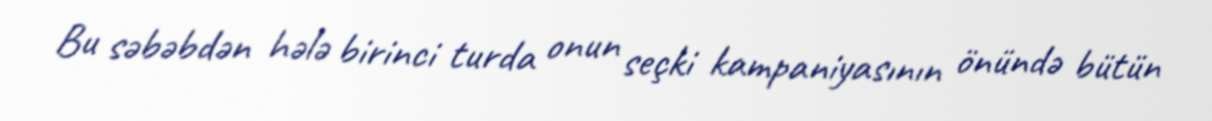
Bu səbəbdən hələ birinci turda onun seçki kampaniyasının önündə bütün